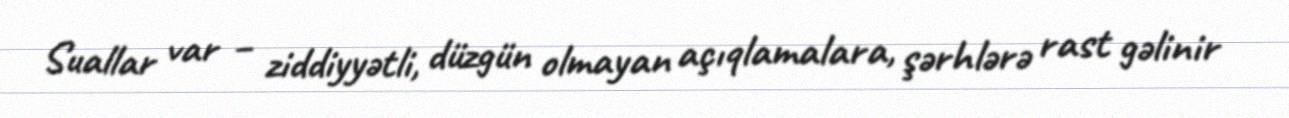
Suallar var – ziddiyyətli, düzgün olmayan açıqlamalara, şərhlərə rast gəlinir